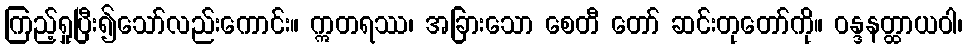
ကြည့်ရှုပြီး၍သော်လည်းကောင်း။ ဣတရဿ၊ အခြားသော စေတီ တော် ဆင်းတုတော်ကို။ ဝန္ဒနတ္ထာယဝါ၊